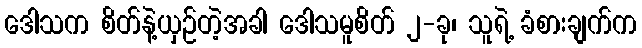
ဒေါသက စိတ်နဲ့ယှဉ်တဲ့အခါ ဒေါသမူစိတ် ၂-ခု၊ သူရဲ့ ခံစားချက်က